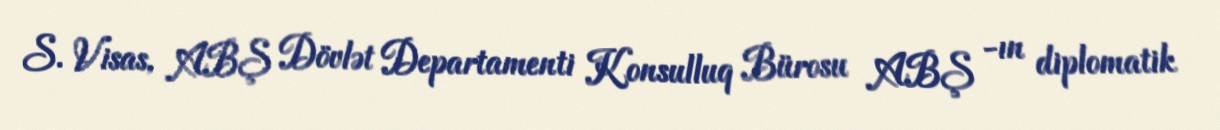
S. Visas, ABŞ Dövlət Departamenti Konsulluq Bürosu ABŞ -ın diplomatik